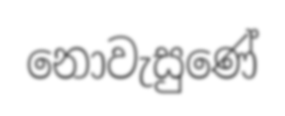
නොවැසුණේ